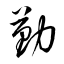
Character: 勤